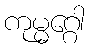
ကုမ္မဂ္ဂေါ